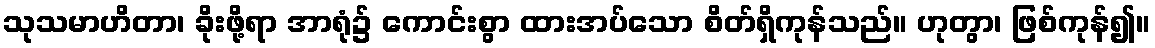
သုသမာဟိတာ၊ ခိုးဖို့ရာ အာရုံ၌ ကောင်းစွာ ထားအပ်သော စိတ်ရှိကုန်သည်။ ဟုတွာ၊ ဖြစ်ကုန်၍။